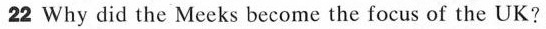
22 Why_ did the Meeks become the focus of the UK?